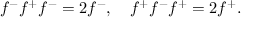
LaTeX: f ^ { - } f ^ { + } f ^ { - } = 2 f ^ { - } , \quad f ^ { + } f ^ { - } f ^ { + } = 2 f ^ { + } .